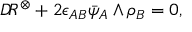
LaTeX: { \cal D } \! R ^ { \otimes } + 2 \epsilon _ { A B } \bar { \psi } _ { A } \wedge \rho _ { B } = 0 ,